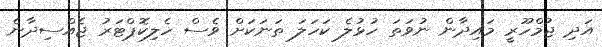
އަދި ޖުމްހޫރީ މައިދާން ނުވަތަ ހުޅުލެ ކަހަލަ ތަނަކަށް ވެސް ހެލިކޮޕްޓަރު ޖެއްސިދާނެ